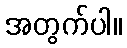
အတွက်ပါ။